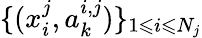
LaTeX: \{ (x_{i}^{j},a_{k}^{i,j})\} _{1\leqslant i\leqslant N_{j}}